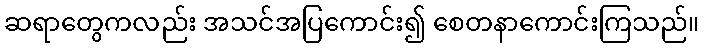
ဆရာတွေကလည်း အသင်အပြကောင်း၍ စေတနာကောင်းကြသည်။